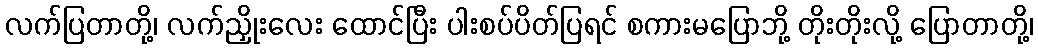
လက်ပြတာတို့၊ လက်ညှိုးလေး ထောင်ပြီး ပါးစပ်ပိတ်ပြရင် စကားမပြောဘို့ တိုးတိုးလို့ ပြောတာတို့၊